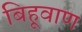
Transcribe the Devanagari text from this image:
बिहूवाण